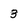
Character: 3